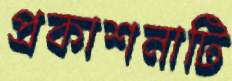
প্রকাশনাটি